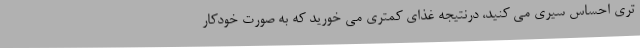
تری احساس سیری می کنید، درنتیجه غذای کمتری می خورید که به صورت خودکار